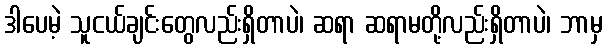
ဒါပေမဲ့ သူငယ်ချင်းတွေလည်းရှိတာပဲ၊ ဆရာ ဆရာမတို့လည်းရှိတာပဲ၊ ဘာမှ